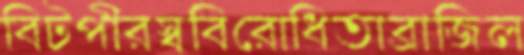
বিটপীরস্ববিরোধিতাব্রাজিল